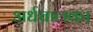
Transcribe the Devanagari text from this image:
अर्धचालक।